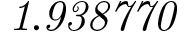
\it { 1 . 9 3 8 7 7 0 }